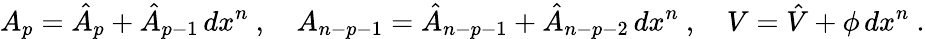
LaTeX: A_{p}=\hat{A}_{p}+\hat{A}_{p-1}\, dx^{n}\ ,\quad A_{n-p-1}=\hat{A}_{n-p-1}+\hat{A}_{n-p-2}\, dx^{n}\ ,\quad V=\hat{V}+\phi\, dx^{n}\ .